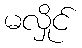
မလှိုင်